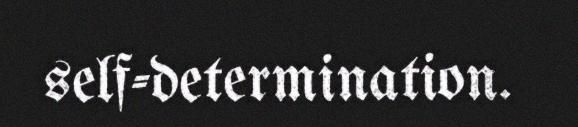
self-determination.